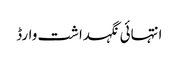
انتہائی نگہداشت وارڈ